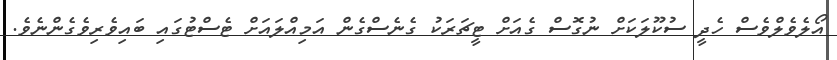
އޯލެވެލްވެސް ހެދީ ސުކޫލަކަށް ނުގޮސް ގެއަށް ޓީޗަރަކު ގެނެސްގެން އަމިއްލައަށް ޓެސްޓުގައި ބައިވެރިވެގެންނެވެ.